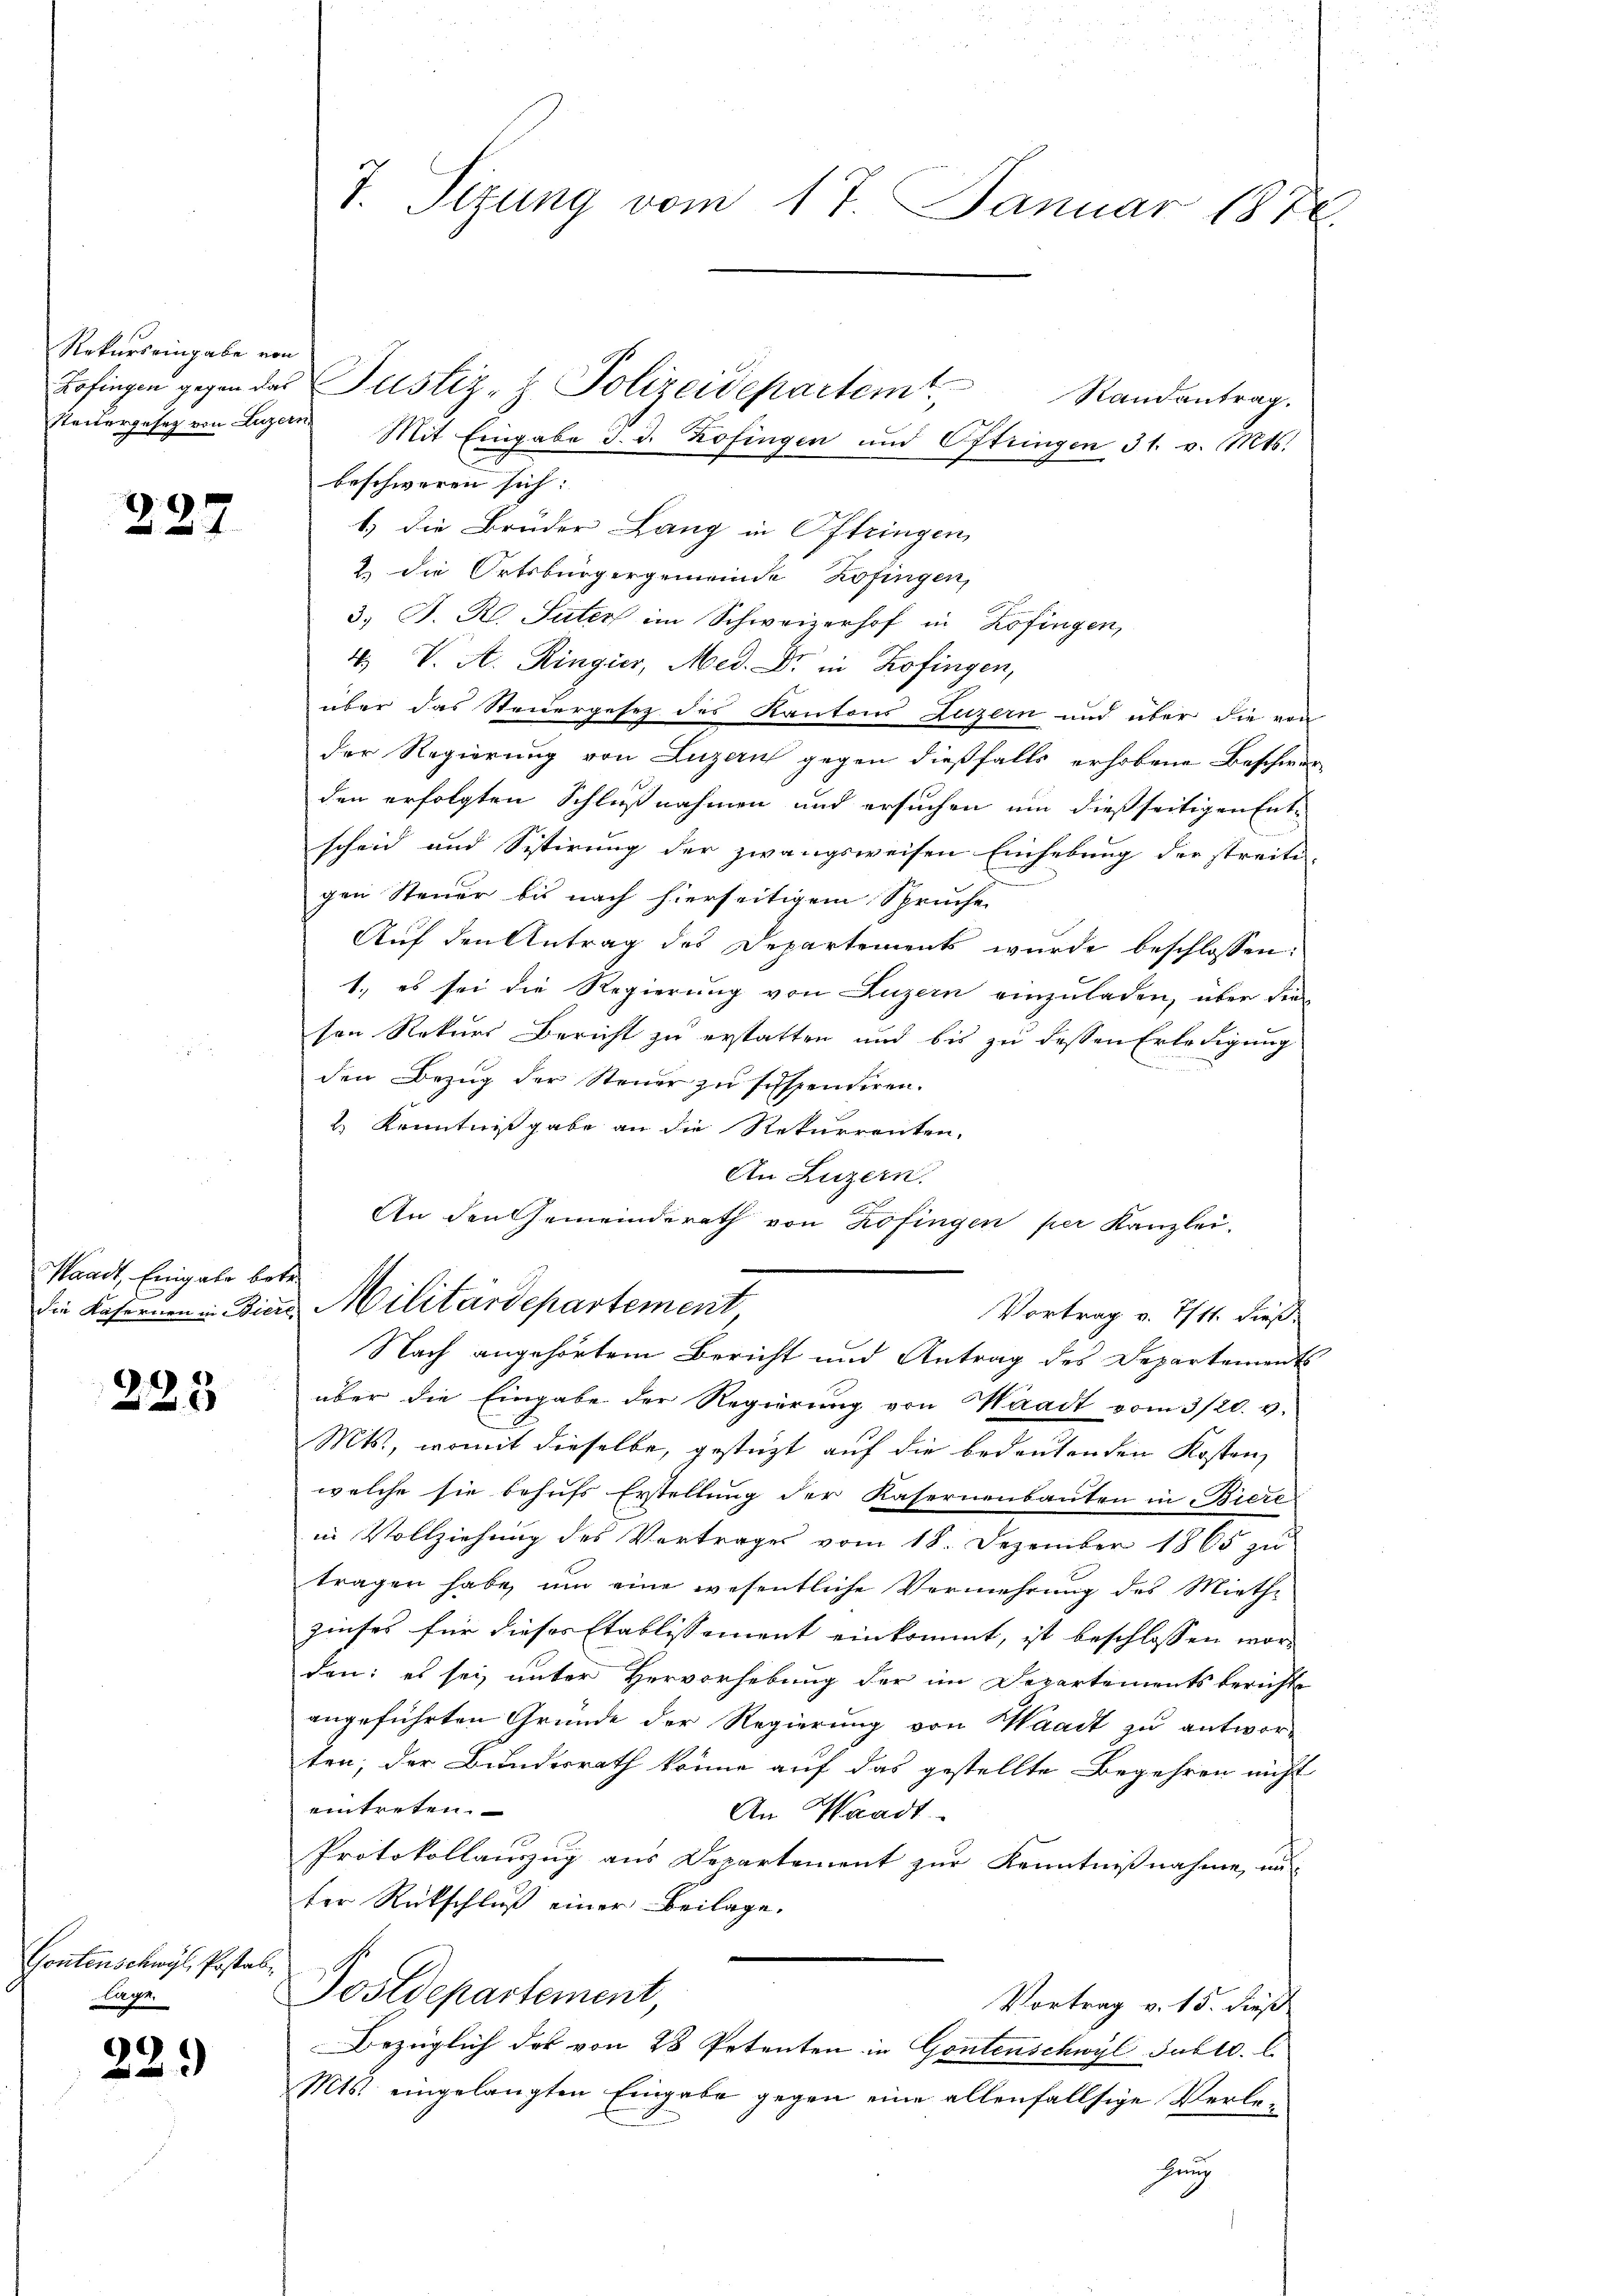
Rekurs eingabe von

227

Waadt, Eingabe betr.

223

Gontenschwyl, Postab,
ge

22.)

7. Sizung vom 17. Januar 1876.

Randantrag.
beschworen sich:
1.) Die Brüder Lang in Oftringen,
2 die Ortsbürgergemeinde Zofingen,
3. J. R. Suter im Schweizerhof in Zofingen,
4. V. A. Ringier, Med. Dr. in Zofingen,
über das Steidergesez des Kantons Luzern und über die von
der Regierung von Luzern gegen dießfalls erhobene Beschwer
den erfolgten Schlußnahmen und ersuchen um dießseitigen Entscheid und Sistirung der zwangsweisen Einhebung der streiti-
gen Steuer bis nach hierseitigem Spruche
Auf den Antrag des Departement wurde beschlossen:
1., es sei die Regierung von Luzern einzuladen, über die
sen Rekurs Bericht zu erstatten und bis zu dessen Erledigung
den Bezug der Steuer zu suspendiren.
2) Kenntnißgabe an die Rekurrenten,
An Luzern.
An den Gemeinderath von Zofingen per Kanzlei.
die Kasernen in Zins Militärdepartement
Vortrag v. 7/11. dieß¬
Nach angehörtem Bericht und Antrag des Departements
über die Eingabe der Regierung von Waadt vom 3/20. v.
Mts., womit dieselbe, gestützt auf die bedeutenden Kostenz
welche sie behufs Erstellung der Kasernenbauten in Biere
in Vollziehung des Vertrages vom 18. Dezember 1865 zu
tragen habe, um eine wesentliche Vermehrung des Miethzinses für dieses Etablissement einkommt, ist beschlossen worden: es sei unter Hervorhebung der im Departements berichte
angeführten Gründe der Regierung von Waadt zu antworten; der Bundesrath könne auf das gestellte Begehren nicht
eintreten.
An Waadt
Protokollauszug aus Departement zur Kenntnißnahme, un
ter Rückschluß einer Beilage.
Postdepartement,
Vortrag v. 15. dieß
Bezüglich des von 28 Petenten in Gontenschwyl Jublc. l.
Mts. eingelangten Eingabe gegen eine allenfallsige Verlehung

Zofingen gegen das Justiz- & Polizeidepartemt,

stedergesetz von Luzern Mit Eingabe d. d. Zofingen und Oftringen 31. v. Mts.